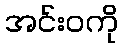
အင်းဝကို